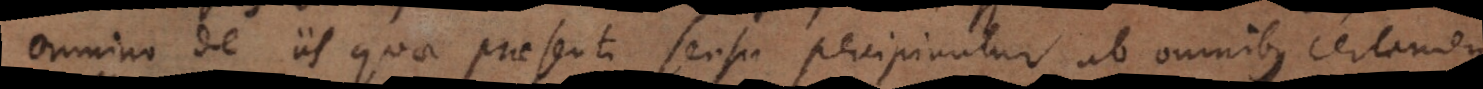
omnino de iis quae praesenti sensu percipiuntur ab omnibus certamen